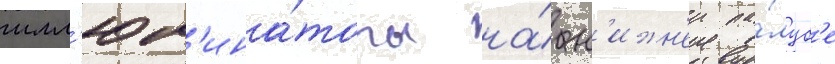
илл'юм'ина́торы на́ н'ижн'еи па́луб'е